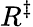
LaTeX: R^{\ddagger}